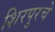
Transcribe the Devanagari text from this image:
शिरपुरचे